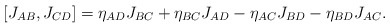
\begin{align*}[J_{AB}, J_{CD}]=\eta _{AD}J_{BC}+\eta _{BC}J_{AD}-\eta _{AC}J_{BD}-\eta _{BD}J_{AC}.\end{align*}